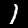
Digit: 1